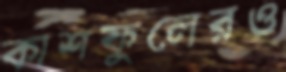
কাশফুলেরও